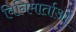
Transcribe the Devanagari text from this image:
विनिमार्ताओं